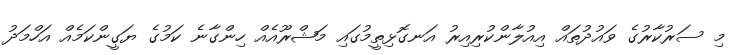
މި ސަރުކާރުގެ ވައުދުތައް އިއުލާންކުރިއިރު އަނގޮޅިތީމުގައި މަޝްރޫއެއް ހިންގާނެ ކަމުގެ ޔަގީންކަމެއް އަހްމަދު